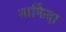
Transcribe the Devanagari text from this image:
नाकिंदा